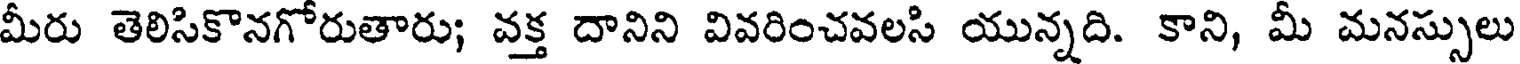
మీరు తెలిసికొనగోరుతారు; వక్త దానిని వివరించవలసి యున్నది. కాని, మీ మనస్సులు